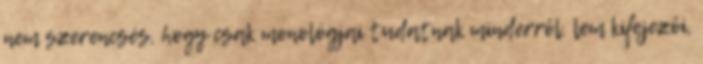
nem szerencsés, hogy csak monológjai tudatnak minderről. lem kifejezői,